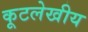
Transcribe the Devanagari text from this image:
कूटलेखीय